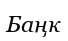
Баңк